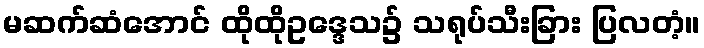
မဆက်ဆံအောင် ထိုထိုဥဒ္ဒေသ၌ သရုပ်သီးခြား ပြလတံ့။